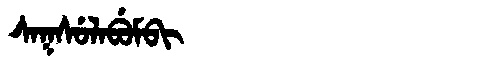
Manchu: ᠰᠠᡴᠰᡠᠯᠠᠪᡠᠮᠪᡳ
Romanization: SAKSULABUMBI